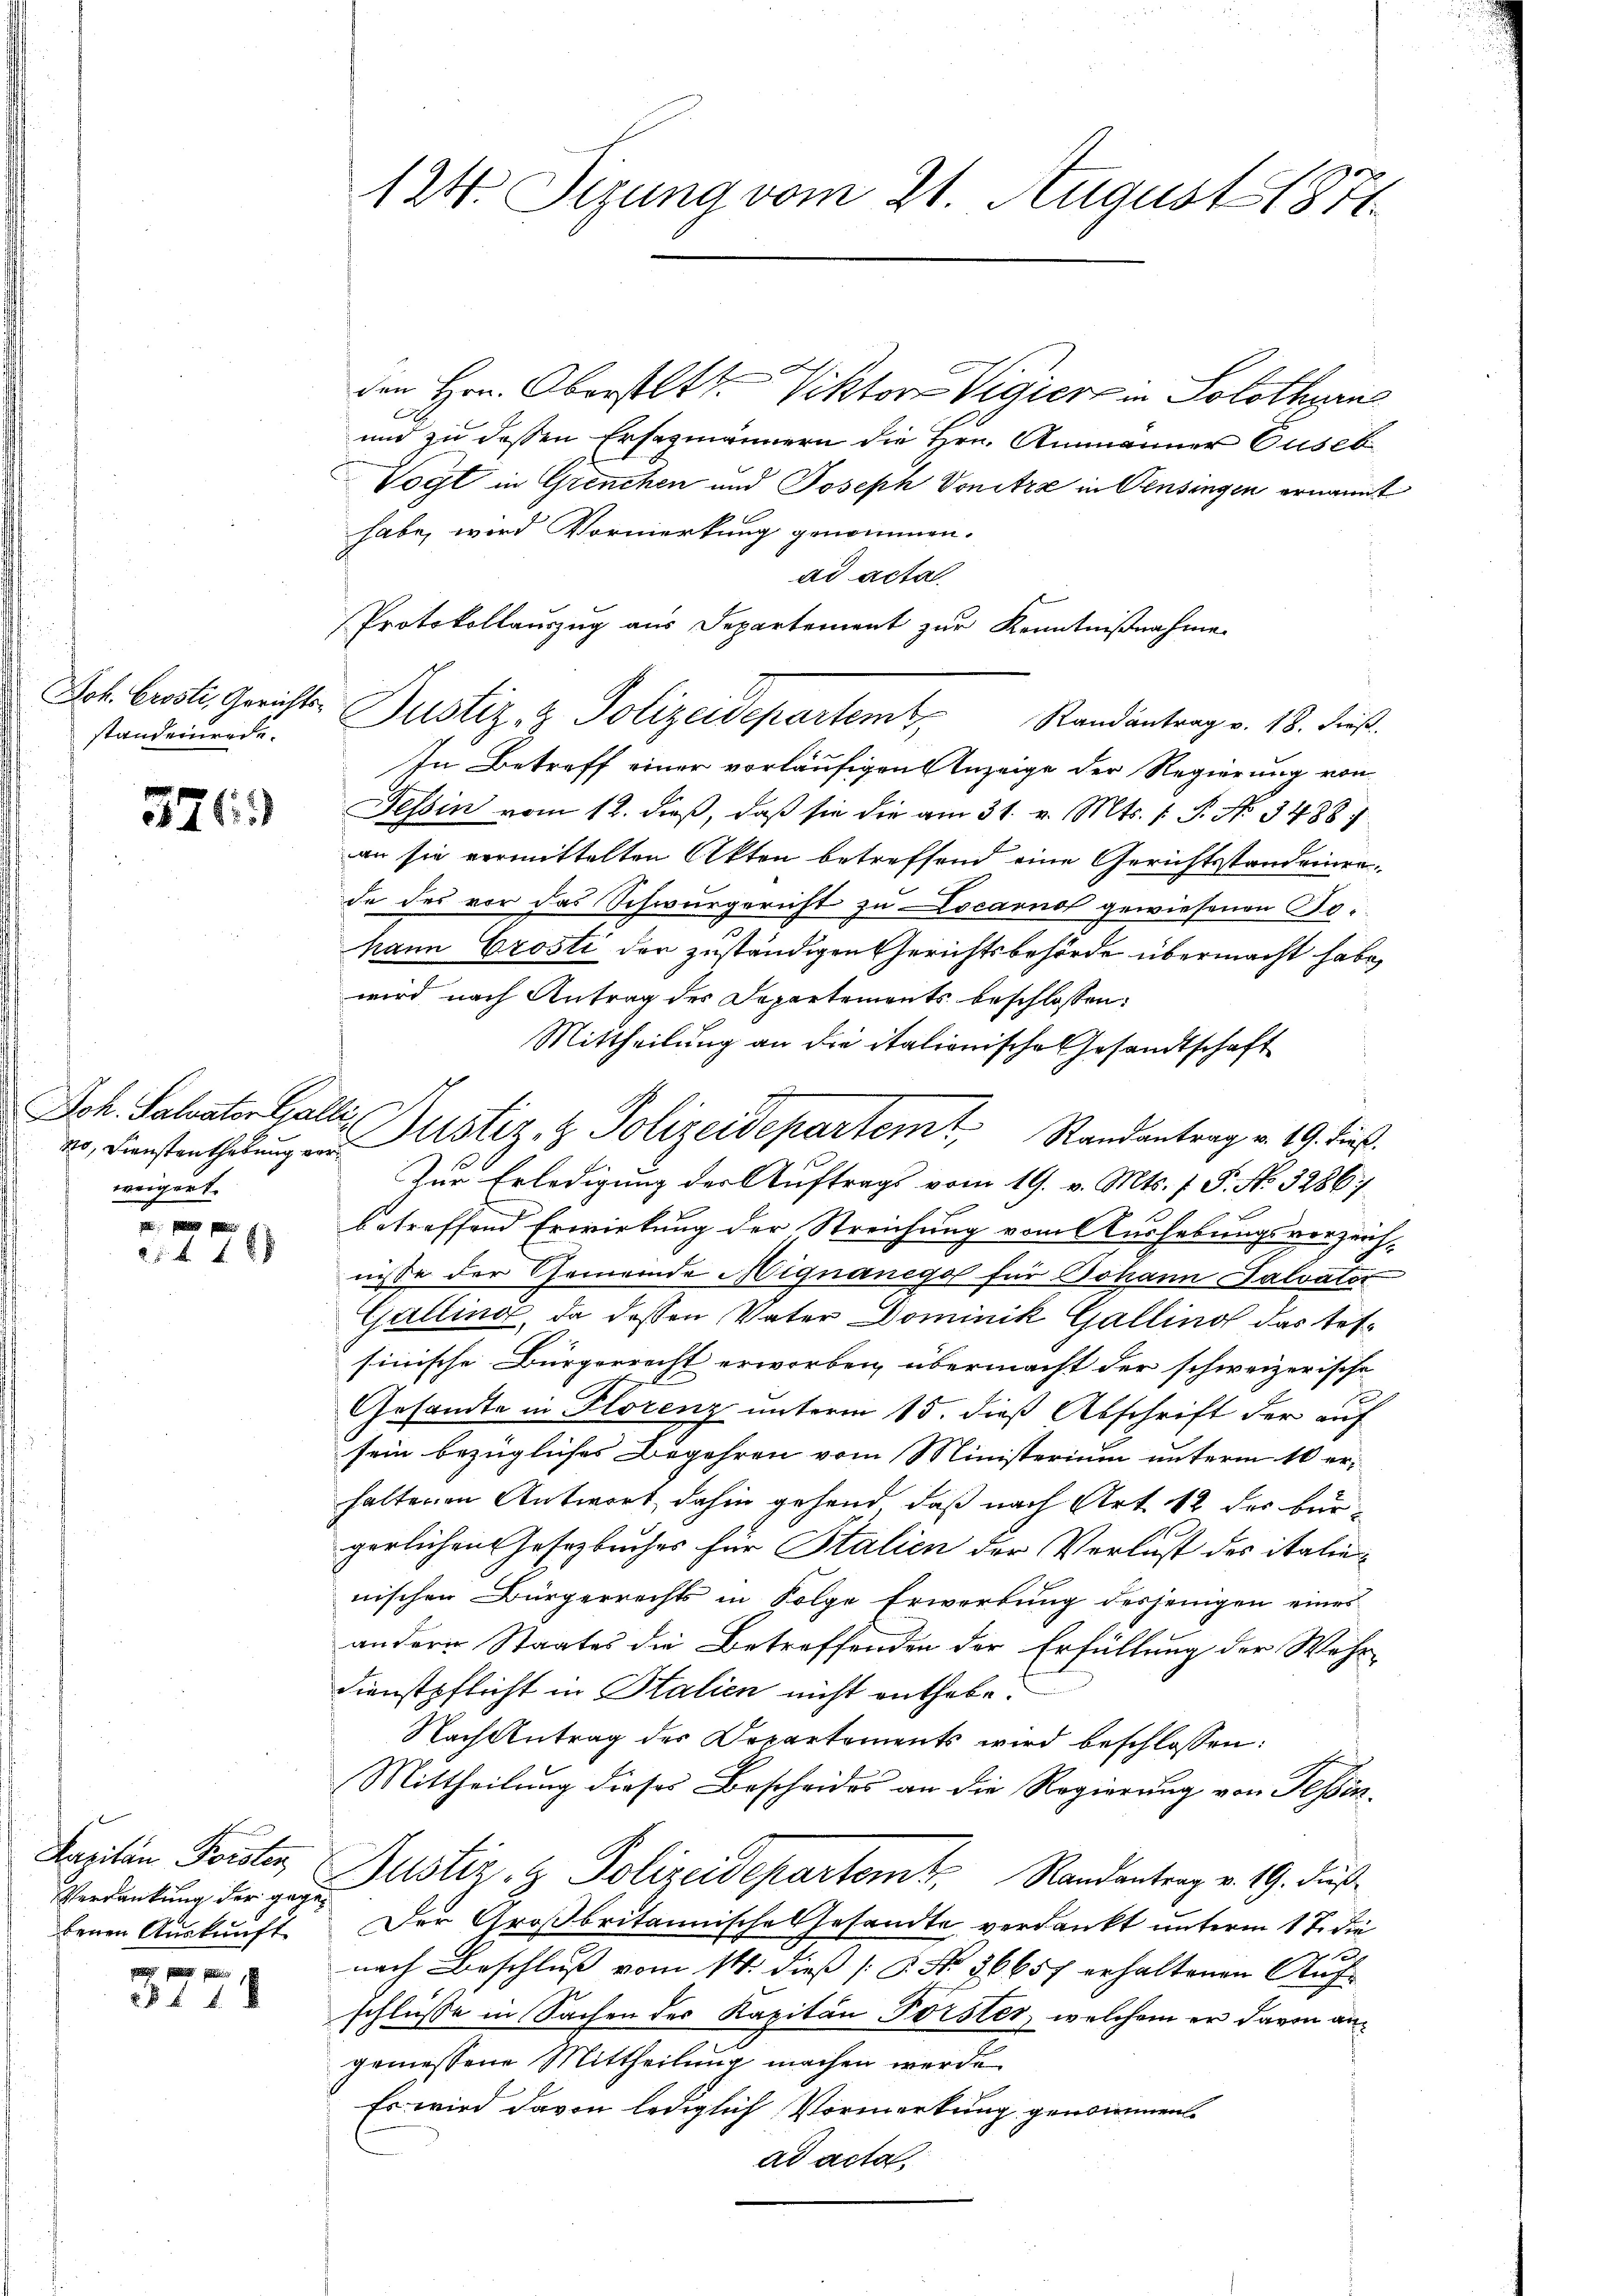
Joh. Crosti, Gerichts-
standeinende.

326)

Joh. Salvator Galli.
weigert.

5 f 48

Kapitän Forsten
Verdankung der gegen
benen Auskunft

3771

124. Sizung vom 21. August 1871.

den Hrn. Oberstatt. Viktors Vigiert in Solothurn
und zu dessen Ersezmännern die Hrn. Ammänner Cuseb
Vogt in Grenchen und Joseph Vonitze in Pensingen ernannt
habe, wird Vormerkung genommen.
ad acta
Protokollauszug aus Departement zur Kenntnißnahme
In Betreff einer vorläufigen Anzeige der Regierung von
Tessin vom 12. dieß, daß sie die am 31. v. Mts. 1 S. No 3488 f.
an sie vermittelten Akten betreffend eine Gerichtsstandeinerde des vor das Schwurgericht zu Locarno gewiesenen To-
Mann Crosti der zuständigen Gerichtsbehörde übermacht habe,
wird nach Antrag des Departements beschlossen:
Mittheilung an die italionische Gesandtschaft
Zur Erledigung der Auftrags vom 19. v. Mts. 7 P. No. 3286
betreffend Erwirkung der Streichung vom Aushebungsverzeich-
nisse der Gemeinde Mignanege für Johann Falvator
Galling, da dessen Vater Dominik Gallino das tefsinische Bürgerrecht erworben übermacht der schweizerische
Gesandte in Florenz unterm 15. dieß Abschrift der auf
sein bezügliches Begehren vom Ministerium unterm 10 er-
halteren Antwort dahin gehend, daß nach Art 12 der bürgerlichen Gesezbuches für Stalien der Verlust des italienischen Bürgerrechts in Folge Erwerbung desjenigen eines
andern Staates die Betreffenden der Erfüllung der Wehr¬
Dienstpflicht in Stalien nicht enthabe.
Nach Antrag des Departements wird beschlossen:
Mittheilung dieses Bescheides an die Regierung von Tessin¬
Justiz- & Polizeidepartem Randantrag v. 19. dieß
Der Großbritannische Gesandte verdankt unterm 17. die
f 0 x
nach Beschluß vom 14. dieß [§ No. 36657 erhaltenen Auf-
schlüsse in Sachen des Kapitän Forster, welchem er davon angemessene Mittheilung machen werde
Es wird davon lediglich Vormerkung genommen.
ad acta.

Justiz- & Polizeidepartemt. Randantrag v. 18. Frieß.

er. Dienstenthebŭng an Fristiz- & Polizeidepartem Randantrag v. 19. dieß.